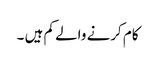
کام کرنے والے کم ہیں ۔